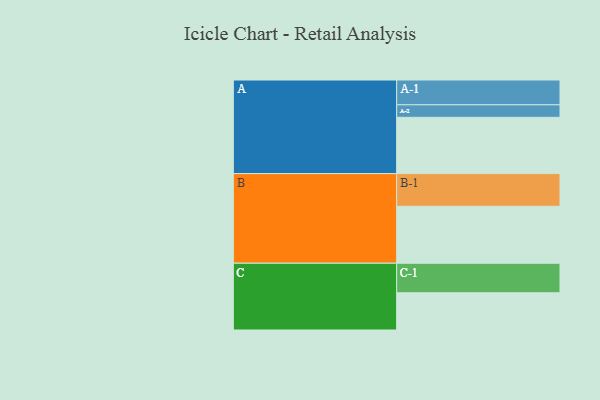
{"axis": {"x": "Segment", "y": "Value"}, "legend": ["", "A", "B", "C"], "data": [{"x": "A", "y": 499, "type": ""}, {"x": "B", "y": 505, "type": ""}, {"x": "C", "y": 330, "type": ""}, {"x": "A-1", "y": 220, "type": "A"}, {"x": "A-2", "y": 111, "type": "A"}, {"x": "B-1", "y": 290, "type": "B"}, {"x": "C-1", "y": 262, "type": "C"}]}